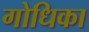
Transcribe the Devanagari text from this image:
गोधिका